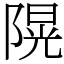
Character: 𨻙